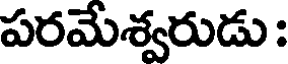
పరమేశ్వరుడు :